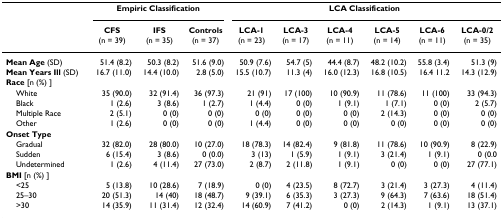
<table><thead><tr><td></td><td colspan="3"><b>Empiric Classification</b></td><td colspan="6"><b>LCA Classification</b></td></tr><tr><td></td><td><b>CFS(n = 39)</b></td><td><b>IFS(n = 35)</b></td><td><b>Controls(n = 37)</b></td><td><b>LCA-1(n = 23)</b></td><td><b>LCA-3(n = 17)</b></td><td><b>LCA-4(n = 11)</b></td><td><b>LCA-5(n = 14)</b></td><td><b>LCA-6(n = 11)</b></td><td><b>LCA-0/2(n = 35)</b></td></tr></thead><tbody><tr><td><b>Mean Age </b>(SD)</td><td>51.4 (8.2)</td><td>50.3 (8.2)</td><td>51.6 (9.0)</td><td>50.9 (7.6)</td><td>54.7 (5)</td><td>44.4 (8.7)</td><td>48.2 (10.2)</td><td>55.8 (3.4)</td><td>51.3 (9)</td></tr><tr><td><b>Mean Years Ill </b>(SD)</td><td>16.7 (11.0)</td><td>14.4 (10.0)</td><td>2.8 (5.0)</td><td>15.5 (10.7)</td><td>11.3 (4)</td><td>16.0 (12.3)</td><td>16.8 (10.5)</td><td>16.4 11.2</td><td>14.3 (12.9)</td></tr><tr><td><b>Race </b>[n (%) ]</td><td></td><td></td><td></td><td></td><td></td><td></td><td></td><td></td><td></td></tr><tr><td> White</td><td>35 (90.0)</td><td>32 (91.4)</td><td>36 (97.3)</td><td>21 (91)</td><td>17 (100)</td><td>10 (90.9)</td><td>11 (78.6)</td><td>11 (100)</td><td>33 (94.3)</td></tr><tr><td> Black</td><td>1 (2.6)</td><td>3 (8.6)</td><td>1 (2.7)</td><td>1 (4.4)</td><td>0 (0)</td><td>1 (9.1)</td><td>1 (7.1)</td><td>0 (0)</td><td>2 (5.7)</td></tr><tr><td> Multiple Race</td><td>2 (5.1)</td><td>0 (0)</td><td>0 (0)</td><td>0 (0)</td><td>0 (0)</td><td>0 (0)</td><td>2 (14.3)</td><td>0 (0)</td><td>0 (0)</td></tr><tr><td> Other</td><td>1 (2.6)</td><td>0 (0)</td><td>0 (0)</td><td>1 (4.4)</td><td>0 (0)</td><td>0 (0)</td><td>0 (0)</td><td>0 (0)</td><td>0 (0)</td></tr><tr><td><b>Onset Type</b></td><td></td><td></td><td></td><td></td><td></td><td></td><td></td><td></td><td></td></tr><tr><td> Gradual</td><td>32 (82.0)</td><td>28 (80.0)</td><td>10 (27.0)</td><td>18 (78.3)</td><td>14 (82.4)</td><td>9 (81.8)</td><td>11 (78.6)</td><td>10 (90.9)</td><td>8 (22.9)</td></tr><tr><td> Sudden</td><td>6 (15.4)</td><td>3 (8.6)</td><td>0 (0.0)</td><td>3 (13)</td><td>1 (5.9)</td><td>1 (9.1)</td><td>3 (21.4)</td><td>1 (9.1)</td><td>0 (0.0</td></tr><tr><td> Undetermined</td><td>1 (2.6)</td><td>4 (11.4)</td><td>27 (73.0)</td><td>2 (8.7)</td><td>2 (11.8)</td><td>1 (9.1)</td><td>0 (0)</td><td>0 (0)</td><td>27 (77.1)</td></tr><tr><td><b>BMI </b>[n (%) ]</td><td></td><td></td><td></td><td></td><td></td><td></td><td></td><td></td><td></td></tr><tr><td> &lt;25</td><td>5 (13.8)</td><td>10 (28.6)</td><td>7 (18.9)</td><td>0 (0)</td><td>4 (23.5)</td><td>8 (72.7)</td><td>3 (21.4)</td><td>3 (27.3)</td><td>4 (11.4)</td></tr><tr><td> 25–30</td><td>20 (51.3)</td><td>14 (40)</td><td>18 (48.7)</td><td>9 (39.1)</td><td>6 (35.3)</td><td>3 (27.3)</td><td>9 (64.3)</td><td>7 (63.6)</td><td>18 (51.4)</td></tr><tr><td> &gt;30</td><td>14 (35.9)</td><td>11 (31.4)</td><td>12 (32.4)</td><td>14 (60.9)</td><td>7 (41.2)</td><td>0 (0)</td><td>2 (14.3)</td><td>1 (9.1)</td><td>13 (37.1)</td></tr></tbody></table>